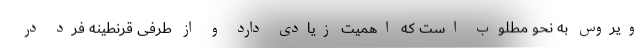
ویروس به نحو مطلوب است که اهمیت زیادی دارد و از طرفی قرنطینه فرد در